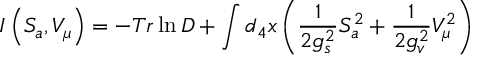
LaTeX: I \left( S _ { a } , V _ { \mu } \right) = - T r \ln D + \int d _ { 4 } x \left( \frac 1 { 2 g _ { s } ^ { 2 } } S _ { a } ^ { 2 } + \frac 1 { 2 g _ { v } ^ { 2 } } V _ { \mu } ^ { 2 } \right)